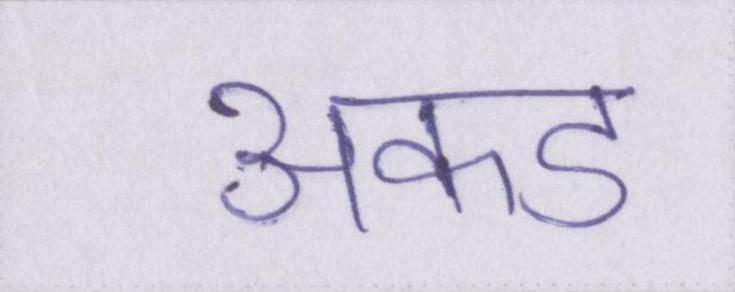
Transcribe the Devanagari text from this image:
अकड